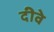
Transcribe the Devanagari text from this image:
दीवे